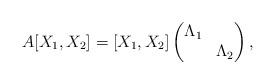
LaTeX: \begin{align*}A[X_1, X_2] = [X_1, X_2]\begin{pmatrix}\Lambda_1 & \ \\\ & \Lambda_2\end{pmatrix},\end{align*}